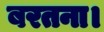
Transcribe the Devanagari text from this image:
बरतना।